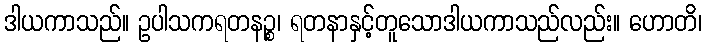
ဒါယကာသည်။ ဥပါသကရတနဉ္စ၊ ရတနာနှင့်တူသောဒါယကာသည်လည်း။ ဟောတိ၊